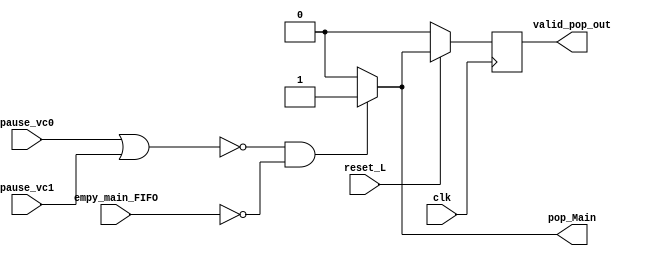
module Pop_Main_and_Valid (
    input clk,
    input reset_L,
    input empy_main_FIFO,
    input pause_vc0,
    input pause_vc1,
    output reg pop_Main,
    output reg valid_pop_out);

    
    always @ (*) begin
    	pop_Main = 0;
	if (!(pause_vc0 || pause_vc1) && !empy_main_FIFO) 
		pop_Main = 1; 
    end
    
    always @ (posedge clk) begin
    	if (reset_L == 0)
    		valid_pop_out <= 0;
    	else
    		valid_pop_out <= pop_Main;
    end 

endmodule